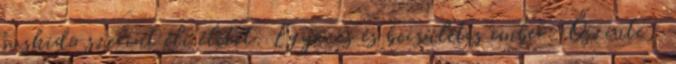
bushido szerint éli életét. Egyenes és becsületes ember. Őszinte,